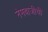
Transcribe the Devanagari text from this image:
नेमबाजीची